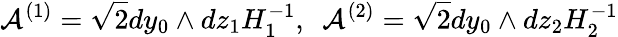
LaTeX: {\cal A}^{(1)}=\sqrt{2}dy_{0}\wedge dz_{1}H_{1}^{-1},~~{\cal A}^{(2)}=\sqrt{2}dy_{0}\wedge dz_{2}H_{2}^{-1}